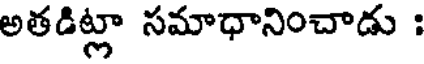
అతడిట్లా సమాధానించాడు :